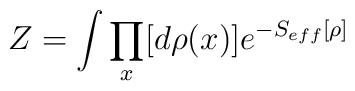
Z=\int\prod_{x}[d\rho(x)]e^{-S_{eff}[\rho]}